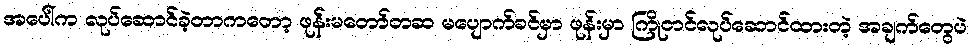
အပေါ်က လုပ်ဆောင်ခဲ့တာကတော့ ဖုန်းမတော်တဆ မပျောက်ခင်မှာ ဖုန်းမှာ ကြိုတင်လုပ်ဆောင်ထားတဲ့ အချက်တွေပဲ